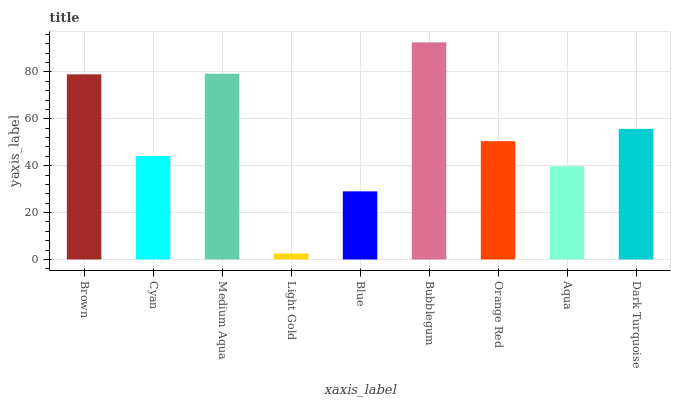
| xaxis_label | bars |
 | --- | --- |
 | Brown | 78.9 |
 | Cyan | 44.1 |
 | Medium Aqua | 79.2 |
 | Light Gold | 2.53 |
 | Blue | 29 |
 | Bubblegum | 92.6 |
 | Orange Red | 50.5 |
 | Aqua | 39.7 |
 | Dark Turquoise | 55.7 |